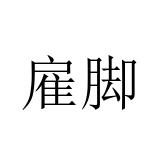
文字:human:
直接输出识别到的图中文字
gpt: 雇脚